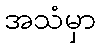
အသံမှာ